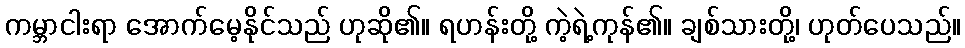
ကမ္ဘာငါးရာ အောက်မေ့နိုင်သည် ဟုဆို၏။ ရဟန်းတို့ ကဲ့ရဲ့ကုန်၏။ ချစ်သားတို့၊ ဟုတ်ပေသည်။